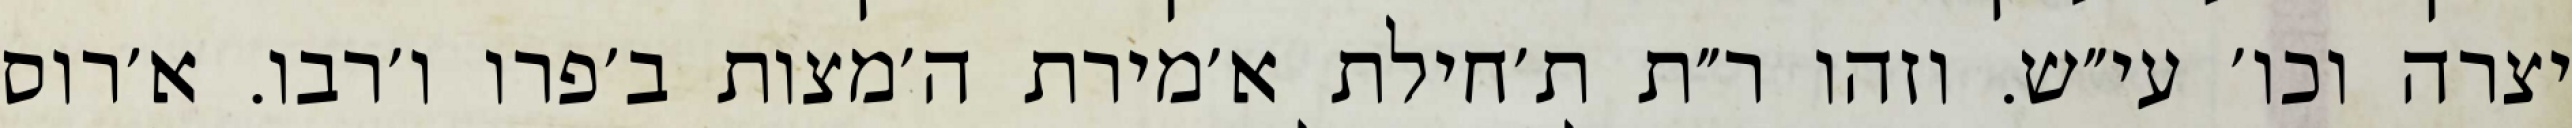
יצרה וכו׳ עי״ש. וזהו ר״ת ת׳חילת א׳מירת ה׳מצות ב׳פרו ו׳רבו. א׳רוס